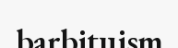
barbituism